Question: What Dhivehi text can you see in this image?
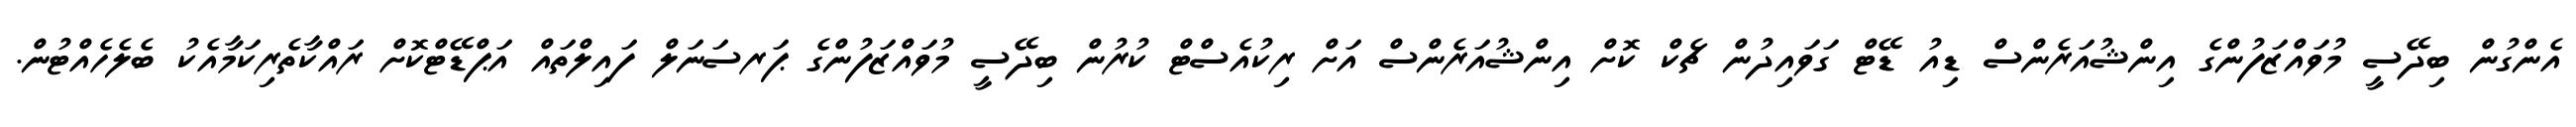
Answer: އެންގުން ބިދޭސީ މުވައްޒަފުންގެ އިންޝުއަރެންސް ޑިއު ޑޭޓް ގަވައިދުން ޗެކް ކޮށް އިންޝުއަރެންސް އަށް ރިކުއެސްޓް ކުރުން ބިދޭސީ މުވައްޒަފުންގެ ޕަރސަނަލް ފައިލްތައް އަޕްޑޭޓްކޮށް ރައްކާތެރިކަމާއެކު ބެލެހެއްޓުން.